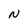
Character: N